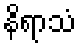
နိရာသံ